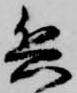
兵